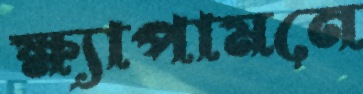
ক্ষ্যাপামনে